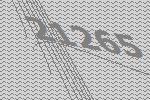
21265